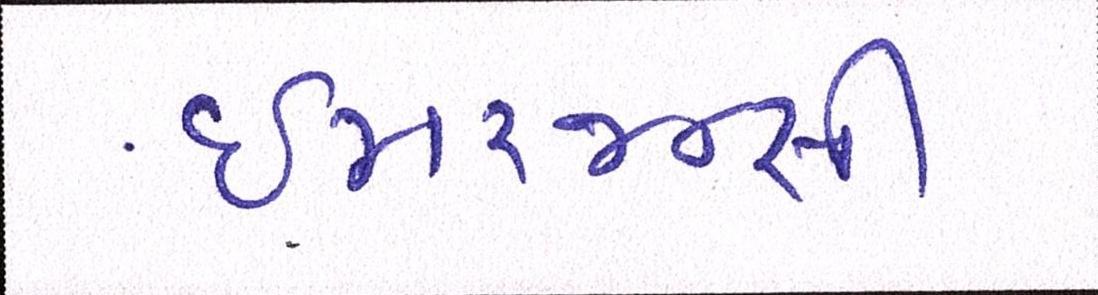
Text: ઇમરજન્સી